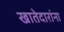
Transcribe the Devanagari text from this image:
खातेदारांना